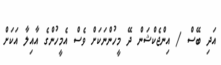
އަދި ބޭސް / އިންޖެކްޝަން ދޭ މީހުންނަކަށް ވެސް އެމީހުންގެ އާއިލާ އަކަށް